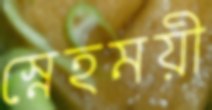
স্নেহময়ী